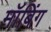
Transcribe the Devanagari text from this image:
मॉबिंग